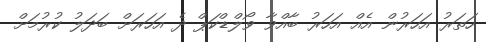
ހަތަރު އަހަރުން އެއް އަހަރު ބާއްވާ ވޯލްޑްކަޕް ދެ އަހަރަށް ބަދަލު ކުރުމަށް